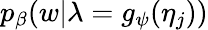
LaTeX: p_{\beta}(w|\lambda=g_{\psi}(\eta_{j}))